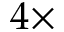
4 \times